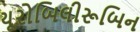
યૂરોબિલીરૂબિન